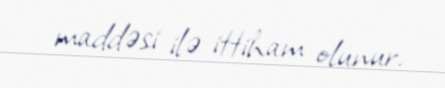
maddəsi ilə ittiham olunur.